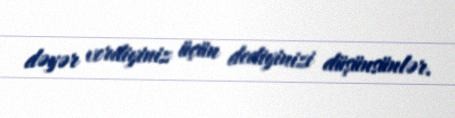
dəyər verdiyiniz üçün dediyinizi düşünsünlər.